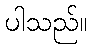
ပါသည်။